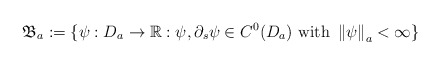
\begin{align*}\mathfrak{B}_{a}:=\{\psi: D_{a}\rightarrow\mathbb{R}: \psi, \partial_s \psi \in C^0(D_{a}) ~\mbox{with}~ \left\| \psi \right\|_a<\infty\} \end{align*}